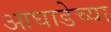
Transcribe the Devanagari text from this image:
आघाडेच्या